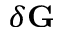
\delta \mathbf G